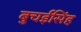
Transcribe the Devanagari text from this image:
बुचईसिंह